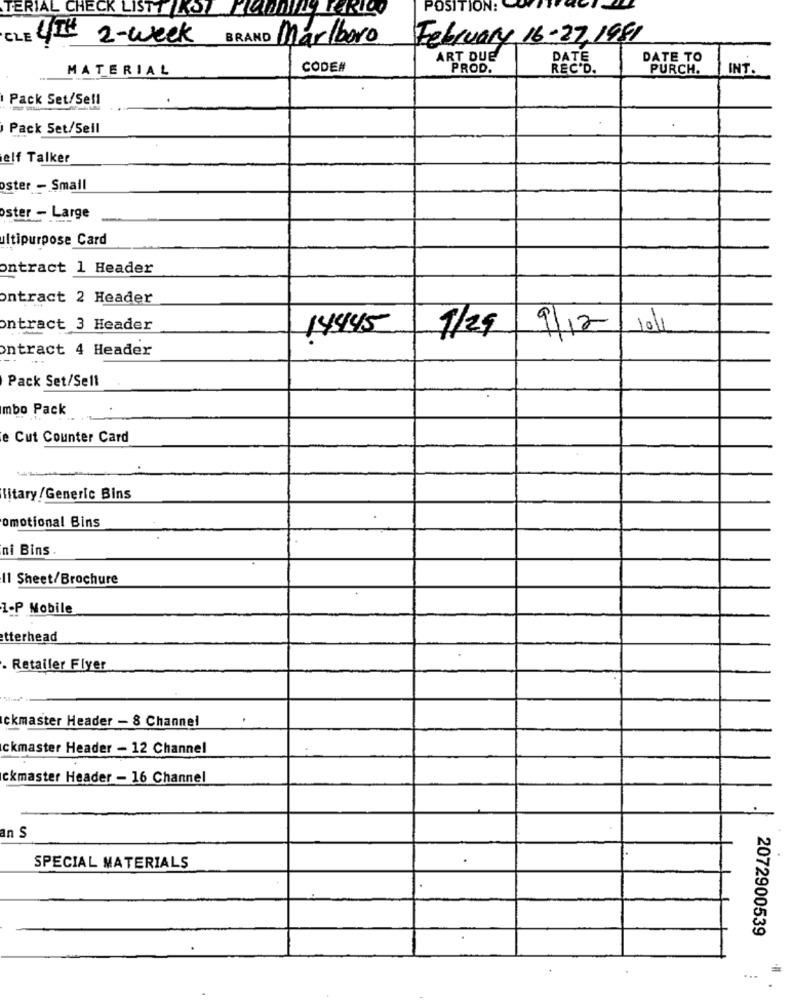
TERIAL CHECK LISTT IKST PODDILY PARIC!
POSITION:
BRAND Marlboro
February 16-27/1981
E 4TH 2-week
ART DUE
DATE
DATE TO
MATERIAL
CODE#
PROD.
REC'D.
PURCH.
INT.
Pack Set/Sell
i Pack Set/Sell
elf Talker
oster - Small
oster - Large
ultipurpose Card
ontract 1 Header
ontract 2 Header
ontract 3 Header
145145 7/29 9|12 101
ontract 4 Header
Pack Set/Sell
mbo Pack
e Cut Counter Card
litary/Generic Bins
omotional Bins
ni Bins .
11 Sheet/Brochure
1-P Mobile
tterhead
. Retailer Flyer
Ickmaster Header - 8 Channel
ckmaster Header - 12 Channel
ckmaster Header - 16 Channel
an S
SPECIAL MATERIALS
2072900539